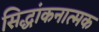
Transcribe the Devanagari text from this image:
सिद्धांकनात्मक